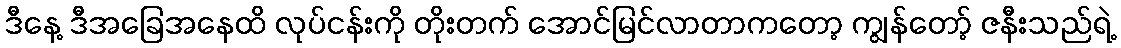
ဒီနေ့ ဒီအခြေအနေထိ လုပ်ငန်းကို တိုးတက် အောင်မြင်လာတာကတော့ ကျွန်တော့် ဇနီးသည်ရဲ့